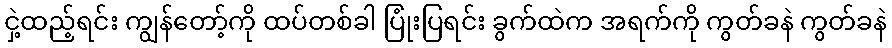
ငှဲ့ထည့်ရင်း ကျွန်တော့်ကို ထပ်တစ်ခါ ပြုံးပြရင်း ခွက်ထဲက အရက်ကို ကွတ်ခနဲ ကွတ်ခနဲ